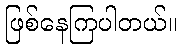
ဖြစ်နေကြပါတယ်။